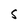
Character: S